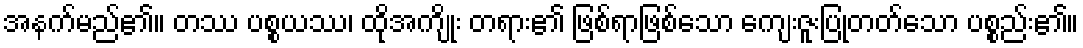
အနက်မည်၏။ တဿ ပစ္စယဿ၊ ထိုအကျိုး တရား၏ ဖြစ်ရာဖြစ်သော ကျေးဇူးပြုတတ်သော ပစ္စည်း၏။